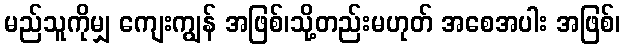
မည်သူကိုမျှ ကျေးကျွန် အဖြစ်၊သို့တည်းမဟုတ် အစေအပါး အဖြစ်၊